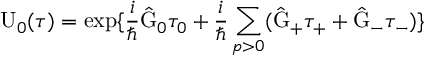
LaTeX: \mathrm { U } _ { 0 } ( \tau ) = \exp \{ \frac { i } { \hbar } \hat { \mathrm { G } } _ { 0 } { \tau } _ { 0 } + \frac { i } { \hbar } \sum _ { p > 0 } ( \hat { \mathrm { G } } _ { + } \tau _ { + } + \hat { \mathrm { G } } _ { - } \tau _ { - } ) \}